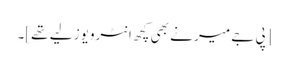
[پی جے میر نے بھی کچھ انٹرویوز لیے تھے]۔